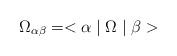
\begin{align*}\Omega_{\alpha\beta}=<\alpha \mid \Omega \mid \beta>\end{align*}